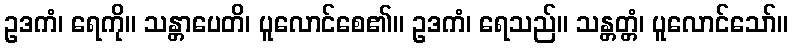
ဥဒကံ၊ ရေကို။ သန္တာပေတိ၊ ပူလောင်စေ၏။ ဥဒကံ၊ ရေသည်။ သန္တတ္တံ၊ ပူလောင်သော်။